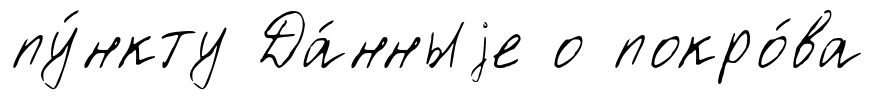
пу́нкту Да́нныjе о покро́ва